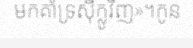
មកគាំទ្រស៊ីក្លូវិញ»។កូន